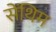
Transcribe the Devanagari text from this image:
सेंथिम